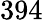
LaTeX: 394